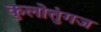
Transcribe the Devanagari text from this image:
कुलोत्तुंगज